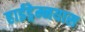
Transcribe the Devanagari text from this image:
हाईड्रेम्नयास